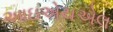
આઇએચએલ